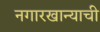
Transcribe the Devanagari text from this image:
नगारखान्याची